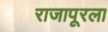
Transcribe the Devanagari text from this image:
राजापूरला